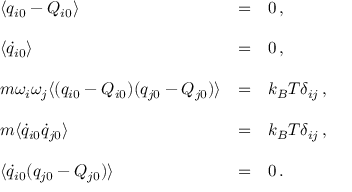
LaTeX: \begin{array} { l l l } { { \langle q _ { i 0 } - Q _ { i 0 } \rangle } } & { { = } } & { { 0 \, , } } \\ { { } } & { { } } & { { } } \\ { { \langle \dot { q } _ { i 0 } \rangle } } & { { = } } & { { 0 \, , } } \\ { { } } & { { } } & { { } } \\ { { m \omega _ { i } \omega _ { j } \langle ( q _ { i 0 } - Q _ { i 0 } ) ( q _ { j 0 } - Q _ { j 0 } ) \rangle } } & { { = } } & { { k _ { B } T \delta _ { i j } \, , } } \\ { { } } & { { } } & { { } } \\ { { m \langle \dot { q } _ { i 0 } \dot { q } _ { j 0 } \rangle } } & { { = } } & { { k _ { B } T \delta _ { i j } \, , } } \\ { { } } & { { } } & { { } } \\ { { \langle \dot { q } _ { i 0 } ( q _ { j 0 } - Q _ { j 0 } ) \rangle } } & { { = } } & { { 0 \, . } } \end{array}